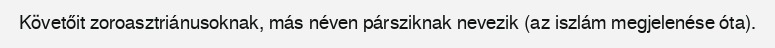
Követőit zoroasztriánusoknak, más néven pársziknak nevezik (az iszlám megjelenése óta).